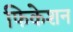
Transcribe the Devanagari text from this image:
फिकेशन